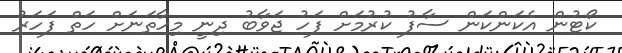
ކޯޓުން އެކަންކަން ސާފު ކުރުމަށް ފަހު ޖަވާބު ދިނީ މިހާތަނަށް ހަތް ފަހަރު